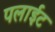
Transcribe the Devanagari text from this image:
पलाईट